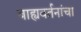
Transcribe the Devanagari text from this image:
बाह्यवर्तनांचा